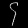
Digit: ၄